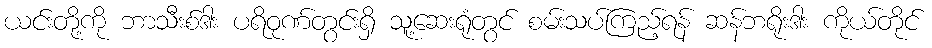
ယင်းတို့ကို ဘာသီးစ်ဒါး ပရိဝုဏ်တွင်းရှိ သူ့ဆေးရုံတွင် စမ်းသပ်ကြည့်ရန် ဆန်ဘရိုးဒါး ကိုယ်တိုင်